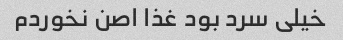
خیلی سرد بود غذا اصن نخوردم